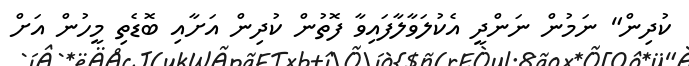
ކުދިން" ނަމުން ނަންދީ އެކުލަވާލާފައިވާ ފޮތުން ކުދިން އަށާއި ބޮޑެތި މީހުން އަށް